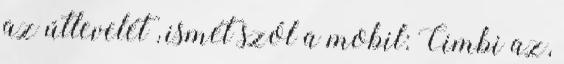
az útlevelét , ismét szól a mobil: Cimbi az,